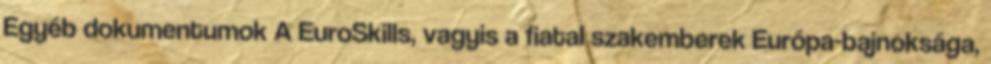
Egyéb dokumentumok A EuroSkills, vagyis a fiatal szakemberek Európa-bajnoksága,